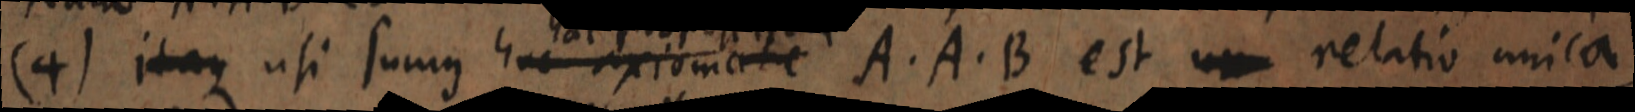
(4) itaque usi sumus hac axiomate A. A. B. est un relatio unica